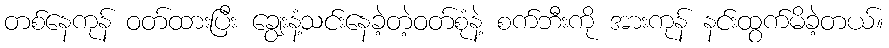
တစ်နေကုန် ဝတ်ထားပြီး ချွေးနံ့သင်းနေခဲ့တဲ့ဝတ်စုံနဲ့ စက်ဘီးကို အားကုန် နင်းထွက်မိခဲ့တယ်။